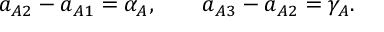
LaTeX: a _ { A 2 } - a _ { A 1 } = \alpha _ { A } , \qquad a _ { A 3 } - a _ { A 2 } = \gamma _ { A } .